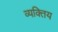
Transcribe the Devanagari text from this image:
व्यक्तिय